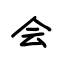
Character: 会